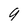
Character: 9